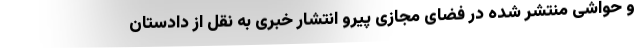
و حواشی منتشر شده در فضای مجازی پیرو انتشار خبری به نقل از دادستان